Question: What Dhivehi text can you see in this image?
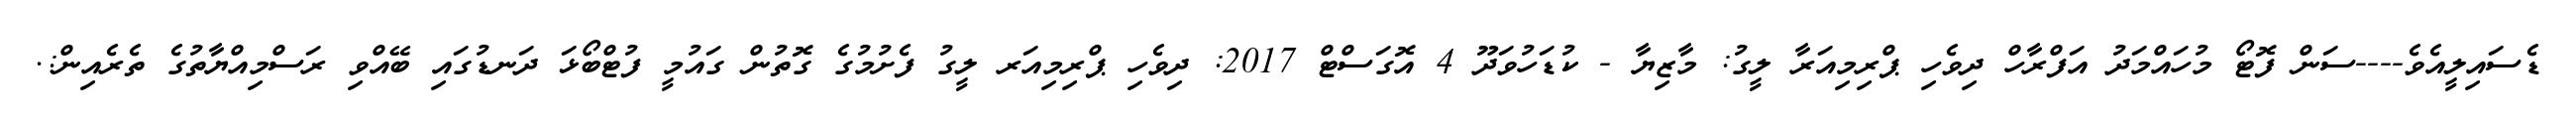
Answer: ޑެސައިލީއެވެ----ސަން ފޮޓޯ މުހައްމަދު އަފްރާހް ދިވެހި ޕްރިމިއަރާ ލީގު: މާޒިޔާ - ކުޑަހުވަދޫ 4 އޮގަސްޓް 2017: ދިވެހި ޕްރިމިއަރ ލީގު ފެށުމުގެ ގޮތުން ގައުމީ ފުޓްބޯޅަ ދަނޑުގައި ބޭއްވި ރަސްމިއްޔާތުގެ ތެރެއިން:.